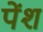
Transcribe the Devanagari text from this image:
पेंश